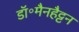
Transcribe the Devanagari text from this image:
डॉ॰मैनहैट्टन